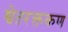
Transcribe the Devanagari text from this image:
श्वेतरक्तकण